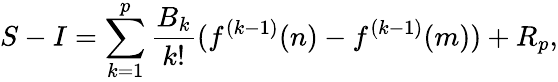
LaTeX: S-I=\sum_{k=1}^{p}{{\frac{B_{k}}{k!}}(f^{(k-1)}(n)-f^{(k-1)}(m))}+R_{p},